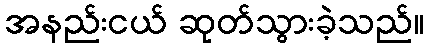
အနည်းငယ် ဆုတ်သွားခဲ့သည်။